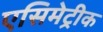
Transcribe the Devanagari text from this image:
एसिमेट्रीक